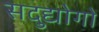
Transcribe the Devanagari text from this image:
सदुद्योगों